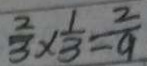
\frac { 2 } { 3 } \times \frac { 1 } { 3 } = \frac { 2 } { 9 }